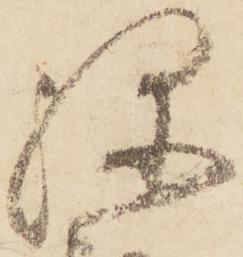
弥